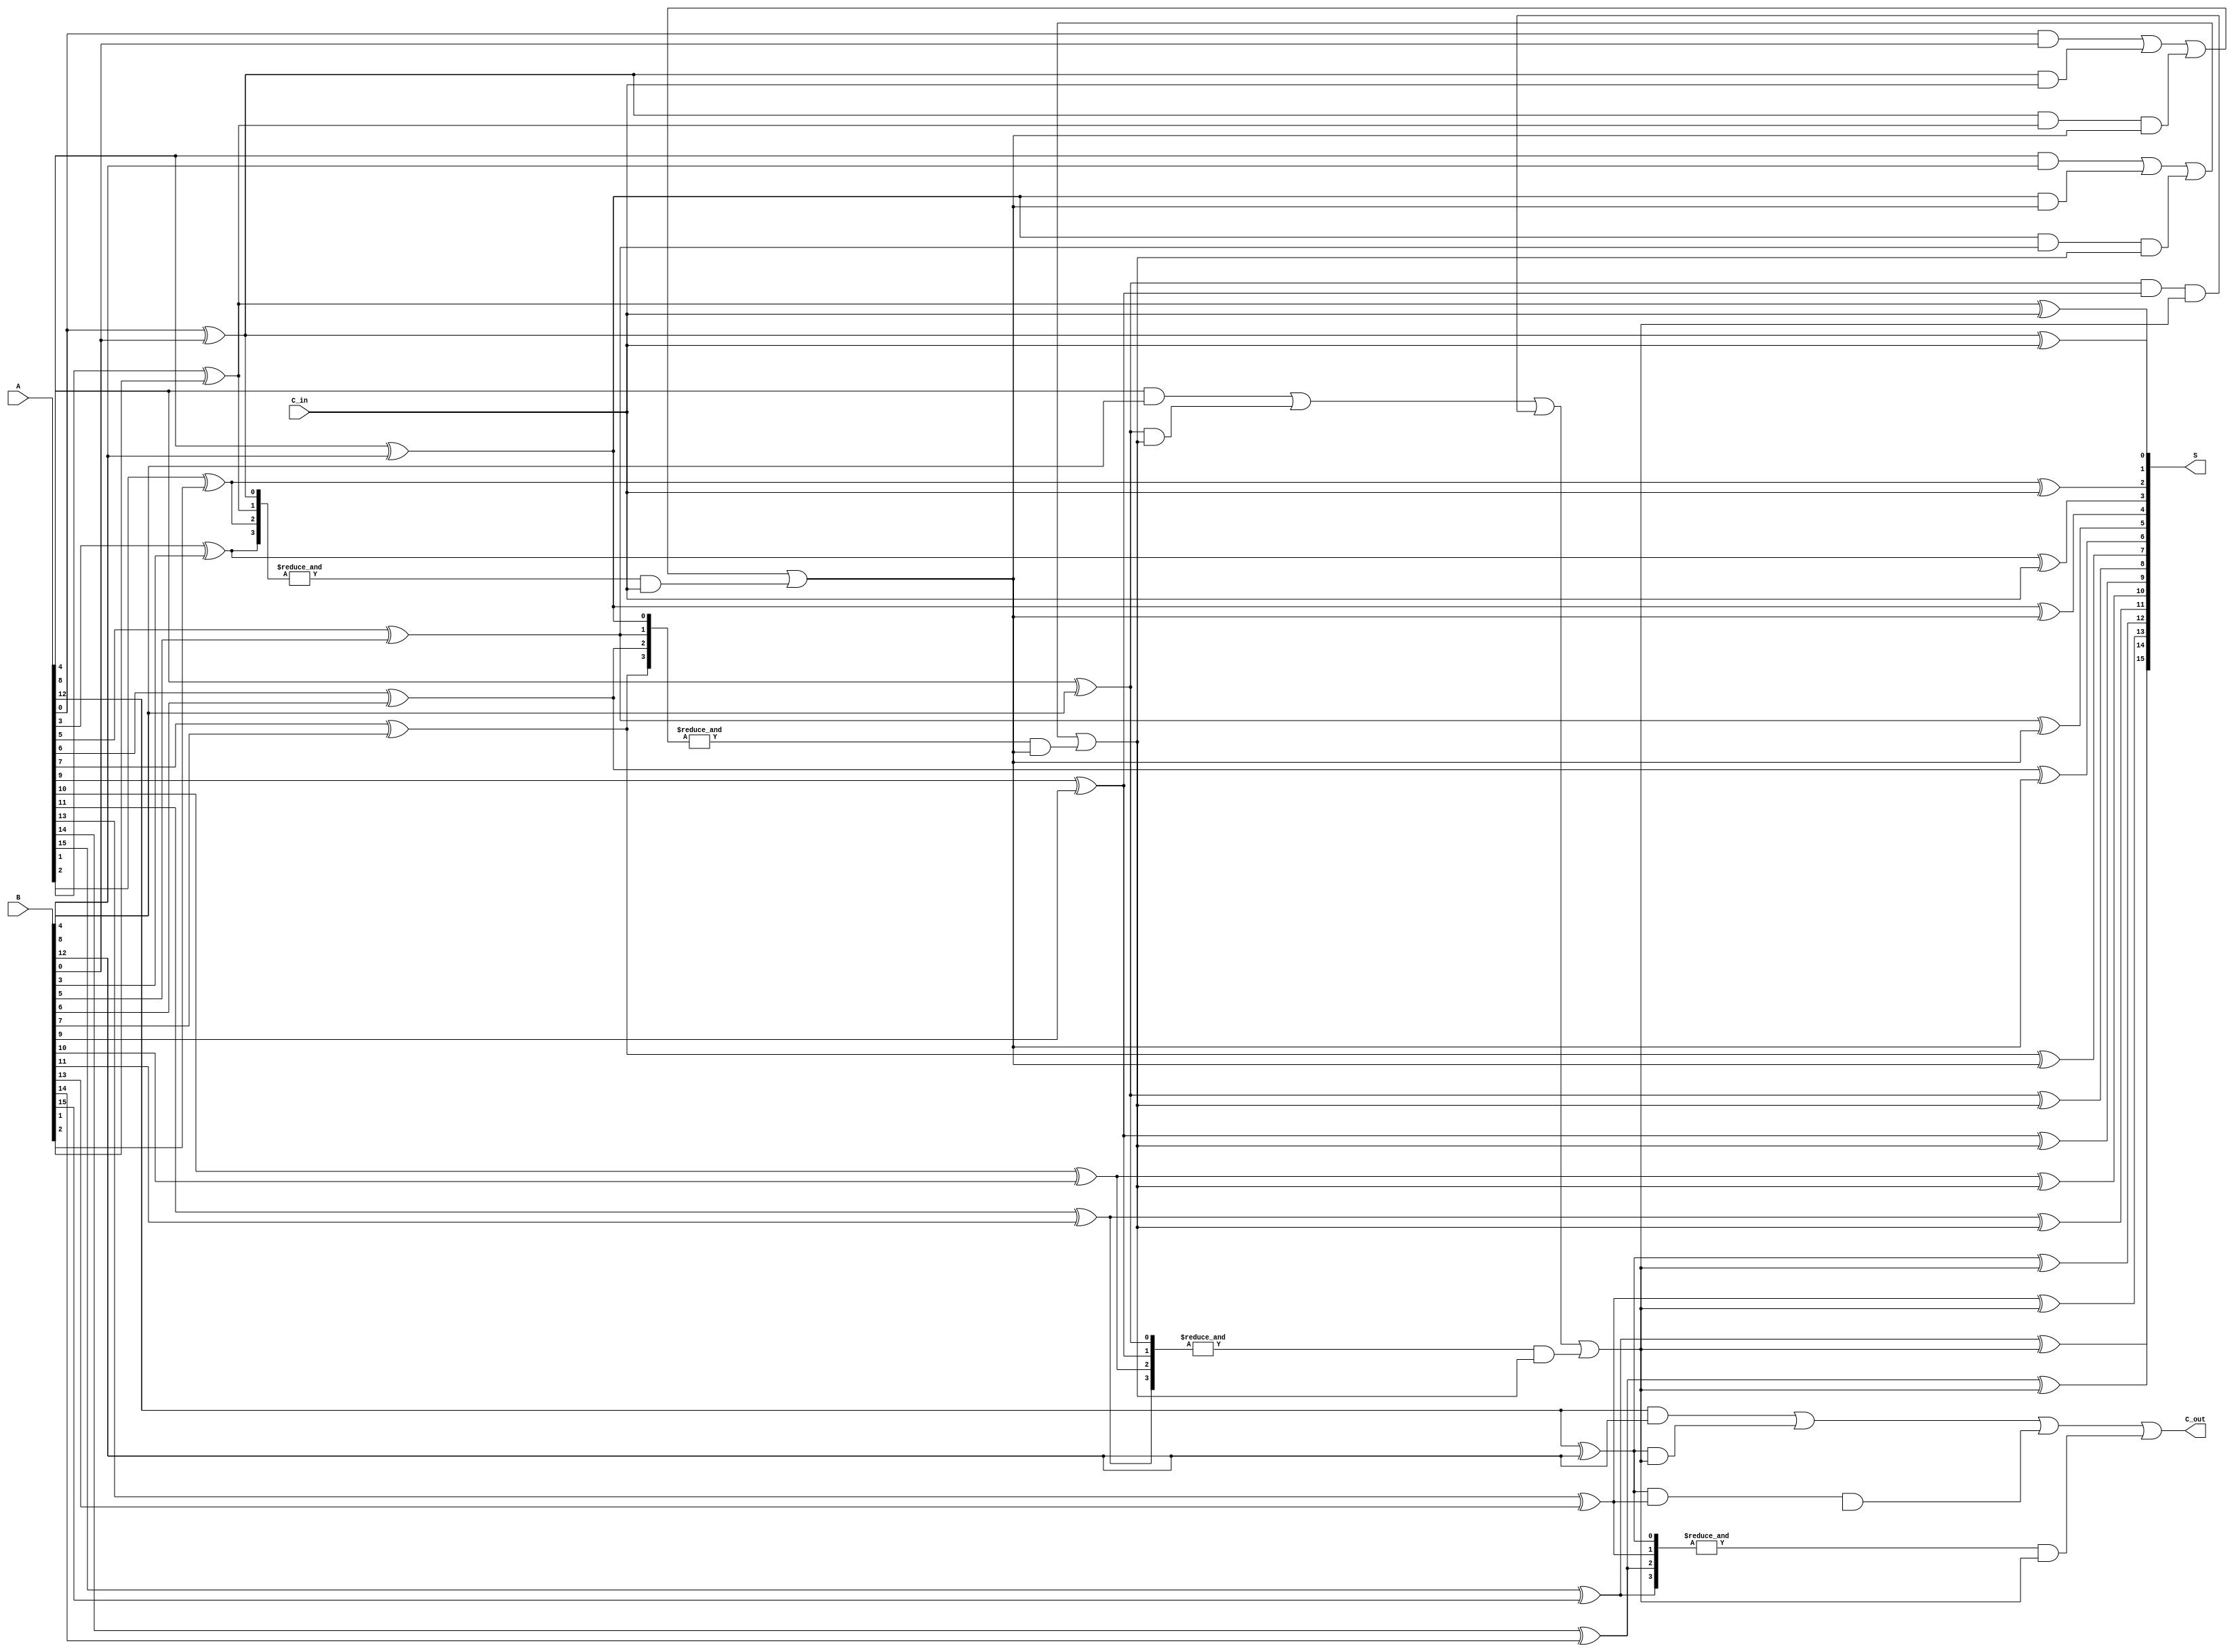
module hierarchical_carry_lookahead_adder #(parameter N = 16, // Bit-width of the adder
                                            parameter G_SIZE = 4) // Group size
(
    input  [N-1:0] A,      // First operand
    input  [N-1:0] B,      // Second operand
    input         C_in,     // Carry-in
    output [N-1:0] S,      // Sum output
    output        C_out     // Carry-out
);

// Local parameters
localparam num_groups = N / G_SIZE; // Number of groups

// Declare internal signals for generates, propagates, and carries
wire [N-1:0] G; // Generate signals
wire [N-1:0] P; // Propagate signals
wire [num_groups-1:0] G_group; // Group generate signals
wire [num_groups-1:0] P_group; // Group propagate signals
wire [num_groups:0] C; // Carry signals

// Generate and propagate signals calculation
genvar i;
generate
    for (i = 0; i < N; i = i + 1) begin : gen_propagate
        assign G[i] = A[i] & B[i]; // G_i = A_i & B_i
        assign P[i] = A[i] ^ B[i]; // P_i = A_i ^ B_i
    end
endgenerate

// Group generate and propagate signals calculation
generate
    for (i = 0; i < num_groups; i = i + 1) begin : group_logic
        wire [G_SIZE-1:0] G_local = G[i*G_SIZE +: G_SIZE];
        wire [G_SIZE-1:0] P_local = P[i*G_SIZE +: G_SIZE];
        
        // Compute G_group and P_group for each group
        assign G_group[i] = G_local[0] | (P_local[0] & C[i]) | (P_local[0] & P_local[1] & C[i+1]);
        assign P_group[i] = &P_local; // P_group = P_0 & P_1 & ... & P_group_size
    end
endgenerate

// Carry signal propagation across groups
assign C[0] = C_in;
generate
    for (i = 0; i < num_groups - 1; i = i + 1) begin : carry_chain
        assign C[i + 1] = G_group[i] | (P_group[i] & C[i]);
    end
endgenerate

// Final carry out
assign C_out = G_group[num_groups - 1] | (P_group[num_groups - 1] & C[num_groups - 1]);

// Sum calculation
generate
    for (i = 0; i < N; i = i + 1) begin : sum_calc
        assign S[i] = P[i] ^ C[i / G_SIZE];
    end
endgenerate

endmodule